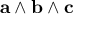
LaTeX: \mathbf { a } \wedge \mathbf { b } \wedge \mathbf { c }